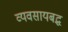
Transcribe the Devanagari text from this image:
व्यवसायबद्ध